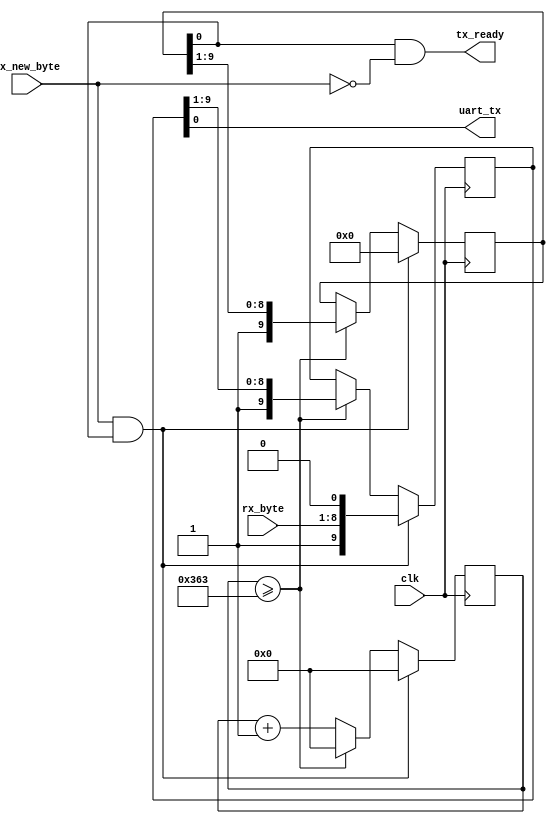
module uart_transmitter_7 # (
	parameter comm_clk_frequency = 100000000,
	parameter baud_rate = 115200
) (
	input clk,
	output uart_tx,
	input rx_new_byte,
	input [7:0] rx_byte,
	output tx_ready
);
	localparam [15:0] baud_delay = (comm_clk_frequency / baud_rate) - 1;
	reg [15:0] delay_cnt = 16'd0;
	reg [9:0] state = 10'd1023, outgoing = 10'd1023;
	assign uart_tx = outgoing[0];
	assign tx_ready = state[0] & ~rx_new_byte;
	always @ (posedge clk)
	begin
		delay_cnt <= delay_cnt + 16'd1;
		if (delay_cnt >= baud_delay)
		begin
			delay_cnt <= 16'd0;
			state <= {1'b1, state[9:1]};
			outgoing <= {1'b1, outgoing[9:1]};
		end
		if (rx_new_byte && state[0])
		begin
			delay_cnt <= 16'd0;
			state <= 10'd0;
			outgoing <= {1'b1, rx_byte, 1'b0};
		end
	end
endmodule